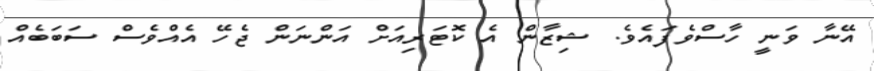
އޭނާ ވަނީ ހާސްވެފައެވެ. ޝިޒާން އެ ކޮޓަރިއަށް އަންނަން ޖެހޭ އެއްވެސް ސަބަބެއް